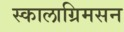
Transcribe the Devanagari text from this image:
स्कालाग्रिमसन